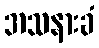
အသနားခံ